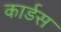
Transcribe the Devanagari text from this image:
कार्डस